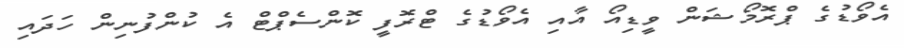
އެވޯޑުގެ ޕްރޮމޯޝަން ވީޑިއޯ އާއި އެވޯޑުގެ ޓްރޮފީ ކޮންސެޕްޓް އެ ކުންފުނިން ހަދައި